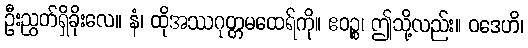
ဦးညွတ်ရှိခိုးလေ။ နံ၊ ထိုအဿဂုတ္တမထေရ်ကို။ ဧဝဉ္စ၊ ဤသို့လည်း။ ဝဒေဟိ၊